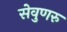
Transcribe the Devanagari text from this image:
सेवुणरु